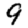
Digit: 9